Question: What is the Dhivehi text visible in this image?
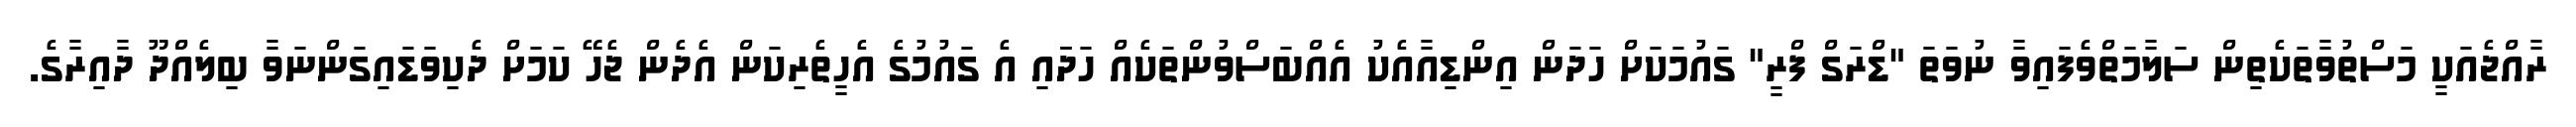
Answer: ރާއްޖެއަކީ މަސްތުވާތަކެތިން ސަލާމަތްވެފައިވާ ނުވަތަ "ޑްރަގް ފްރީ" ގައުމަކަށް ހަދަން އިންޑިއާއެކު އެއްބަސްވުންތަކެއް ހަދަައި އެ ގައުމުގެ އެހީތެރިކަން އެދެން ޖެހޭ ކަމަށް ދެކިވަޑައިގަންނަވާ ބިލެއްދޫ ދާއިރާގެ.